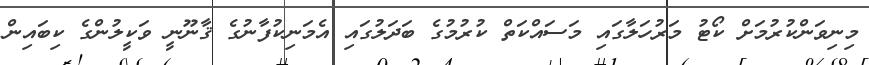
މިނިވަންކުރުމަށް ކޯޓު މަރުހަލާގައި މަސައްކަތް ކުރުމުގެ ބަދަލުގައި އެމަނިކުފާނުގެ ޤާނޫނީ ވަކީލުންގެ ކިބައިން